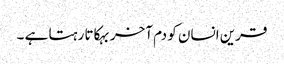
قرین انسان کو دم آخر بہکاتا رہتا ہے ۔